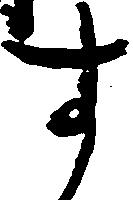
す